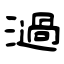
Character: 濄